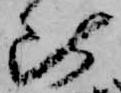
比